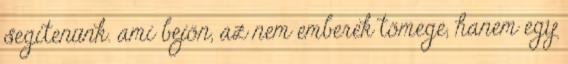
segítenünk. ami bejön, az nem emberek tömege, hanem egy